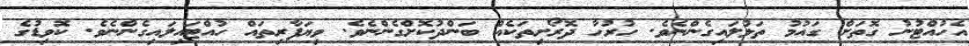
އެހުއްޓުނު ގޮތަށް ގައުމު ތަޅުލައިގެންނެވެ. ހުރުހާ ދޮރޯށިތަކެއް ބަންދުކޮށްގެންނެވެ. ވިޔަފާރިތައް ހުއްޓައިލައިގެންނެވެ. ކޮވިޑުގެ